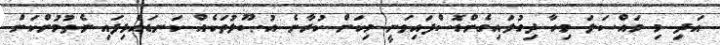
އަދި މި މައްސަލަ މިހާ ދިގުލައިގެންގޮސްފައިވަނީ މިކަން ކުރާނެ އުޞޫލުތަކެއް ކަނޑައެޅިފައި ނެތުމުންކަން